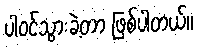
ပါဝင်သွားခဲ့တာ ဖြစ်ပါတယ်။